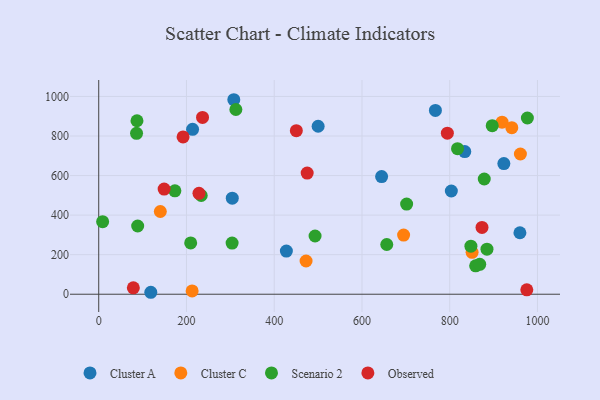
{"axis": {"x": "Price", "y": "Exam Score"}, "legend": ["Cluster A", "Cluster C", "Observed", "Scenario 2"], "data": [{"x": "644.8", "y": 595.1, "type": "Cluster A"}, {"x": "767.4", "y": 929.4, "type": "Cluster A"}, {"x": "834.3", "y": 721.3, "type": "Cluster A"}, {"x": "427.7", "y": 218.0, "type": "Cluster A"}, {"x": "960.0", "y": 310.8, "type": "Cluster A"}, {"x": "118.7", "y": 9.9, "type": "Cluster A"}, {"x": "213.9", "y": 833.9, "type": "Cluster A"}, {"x": "923.4", "y": 660.5, "type": "Cluster A"}, {"x": "500.1", "y": 849.3, "type": "Cluster A"}, {"x": "304.4", "y": 485.5, "type": "Cluster A"}, {"x": "307.9", "y": 983.4, "type": "Cluster A"}, {"x": "803.7", "y": 522.0, "type": "Cluster A"}, {"x": "472.6", "y": 168.0, "type": "Cluster C"}, {"x": "140.4", "y": 418.4, "type": "Cluster C"}, {"x": "212.9", "y": 16.9, "type": "Cluster C"}, {"x": "851.0", "y": 211.9, "type": "Cluster C"}, {"x": "919.3", "y": 870.0, "type": "Cluster C"}, {"x": "941.5", "y": 841.9, "type": "Cluster C"}, {"x": "961.1", "y": 708.9, "type": "Cluster C"}, {"x": "694.9", "y": 298.9, "type": "Cluster C"}, {"x": "312.6", "y": 934.0, "type": "Scenario 2"}, {"x": "88.8", "y": 345.0, "type": "Scenario 2"}, {"x": "817.8", "y": 735.7, "type": "Scenario 2"}, {"x": "493.1", "y": 294.3, "type": "Scenario 2"}, {"x": "87.2", "y": 877.0, "type": "Scenario 2"}, {"x": "848.3", "y": 242.8, "type": "Scenario 2"}, {"x": "977.0", "y": 891.1, "type": "Scenario 2"}, {"x": "701.8", "y": 455.7, "type": "Scenario 2"}, {"x": "859.1", "y": 143.8, "type": "Scenario 2"}, {"x": "209.6", "y": 259.6, "type": "Scenario 2"}, {"x": "896.9", "y": 852.4, "type": "Scenario 2"}, {"x": "884.9", "y": 227.9, "type": "Scenario 2"}, {"x": "868.4", "y": 151.0, "type": "Scenario 2"}, {"x": "656.5", "y": 251.5, "type": "Scenario 2"}, {"x": "304.0", "y": 258.4, "type": "Scenario 2"}, {"x": "233.6", "y": 499.1, "type": "Scenario 2"}, {"x": "8.9", "y": 366.7, "type": "Scenario 2"}, {"x": "86.2", "y": 813.7, "type": "Scenario 2"}, {"x": "173.6", "y": 523.0, "type": "Scenario 2"}, {"x": "878.7", "y": 582.6, "type": "Scenario 2"}, {"x": "192.3", "y": 795.1, "type": "Observed"}, {"x": "149.1", "y": 531.8, "type": "Observed"}, {"x": "873.6", "y": 337.6, "type": "Observed"}, {"x": "228.5", "y": 510.2, "type": "Observed"}, {"x": "794.6", "y": 814.1, "type": "Observed"}, {"x": "475.1", "y": 612.4, "type": "Observed"}, {"x": "236.6", "y": 894.0, "type": "Observed"}, {"x": "975.7", "y": 22.1, "type": "Observed"}, {"x": "78.9", "y": 32.4, "type": "Observed"}, {"x": "450.4", "y": 827.0, "type": "Observed"}]}